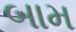
બામ